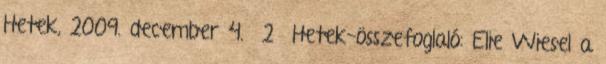
Hetek, 2009. december 4. 2 Hetek-összefoglaló: Elie Wiesel a